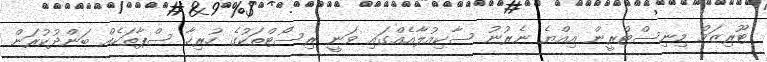
ޓޫރިޒަމް މިނިސްޓްރީން އިއްޔެ ނެރުނު ސާކިއުލާއެއްގައި ވަނީ ރިސޯޓްތަކުގެ ހުރިހާ ސްޕާތަކެއް ބަންދުކުރަން